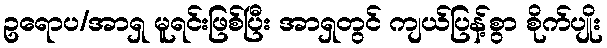
ဥရောပ/အာရှ မူရင်းဖြစ်ပြီး အာရှတွင် ကျယ်ပြန့်စွာ စိုက်ပျိုး